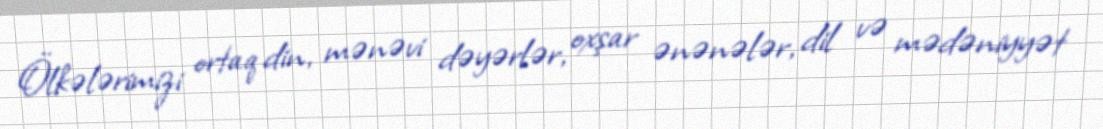
Ölkələrimizi ortaq din, mənəvi dəyərlər, oxşar ənənələr, dil və mədəniyyət